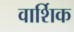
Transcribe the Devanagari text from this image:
वार्शिक